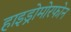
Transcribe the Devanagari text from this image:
हाइड्रोमोरफोन